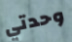
وحدتي